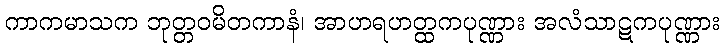
ကာကမာသက ဘုတ္တဝမိတကာနံ၊ အာဟရဟတ္ထကပုဏ္ဏား အလံသာဋကပုဏ္ဏား